Scottish Leaving Certificate Examination, 1960
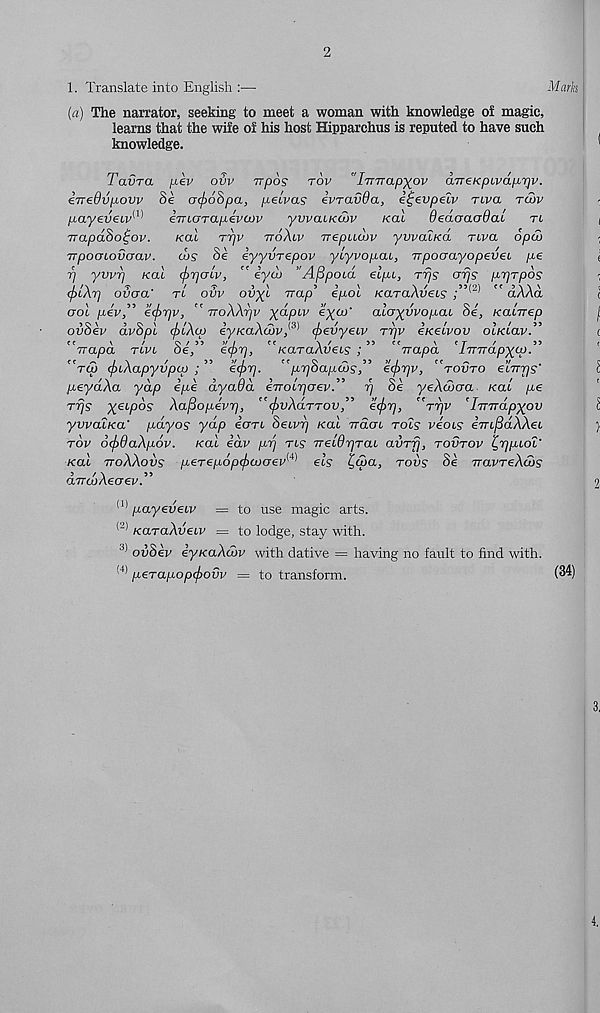
2
1. Translate into English :—
Mark
(a) The narrator, seeking to meet a woman with knowledge of magic,
learns that the wife of his host Hipparchus is reputed to have such
knowledge.
Tavra /xev ovv TTpos tov "iTnrap^ov arr eKpLvdprjv.
€TreOvp,ovv 8e a<f)68pa, p^eivas evravda, i^evpelv nva twv
p^ayeveiv^
iTnarapevcov
yvvcuKwv
kcll
dedoaoOaL
tl
vrapaSo^ov.
kcll ttjv ttoXlv Trepuoov yvvaiKa nva opw
TrpocjLovcrav. d>s Se eyyvTepov ycyvopcu, TrpoaayopeveL p,e
■p yvvrj Kal (farjcnv, " iyd> ’ Append elpi, rijs crrjs p-rjTpos
(f}iXrj ovaa' tl ovv ovyl Trap’ ipol KdTaXveLS ;” (J) " aAAa
aol pev,” e(f)7]v, " rroXXrjv X°L P LV
olayuvopai Se, Kacrrep
ovSev dvSpl tpiXco eyKaXdov^ (f>evyeiv ttjv eKeivov OLKLav. ,,
rrapa tlvl be,
ccpi],
KaraAveis ;
irapa iTnrapx^p-
rep (piAapyvpca ;
eepr].
p,r)bap.a>s, e<pr]v, tovto eLTrr)s
peydXa yap ipe dyadd iTTOLrjcrev.” r/ 8e yeXcocra Kai pe
Trjs yeipos Xaftopevr), "^uAcittou,”
'’rrjv 'hnrdpxov
ywaltca' pdyos ydp ecrri Sewi) Kal ttcloi tols veols iTnfidXXeL
rov ocj)8aXp6v. Kal idv prj tls TreL8r]TaL aurij, tovtov i^rjpLOL'
Kal ttoXXovs peT£p6p<f)Wcrev w els t,a>a, tovs Se TravreXtos
5 / \
5 5
arrajAecrev.
(1) payeveiv = to use magic arts.
KaTaXveiv = to lodge, stay with.
3) ovSev iyKaXcov with dative = having no fault to find with.
(4) peTapopcpovv = to transform.
(34)